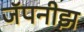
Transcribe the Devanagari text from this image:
जॅपनीझ